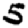
Digit: 5